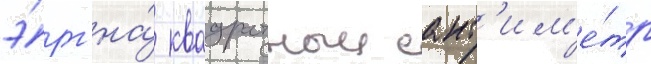
э́рг на́ квадратныи сант'им'е́тр